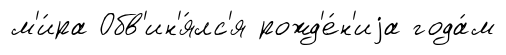
м'и́ра Обв'ин'я́лс'я рожд'е́н'иjа года́м